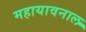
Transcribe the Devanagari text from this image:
महायावनाल